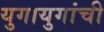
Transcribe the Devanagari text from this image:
युगायुगांची